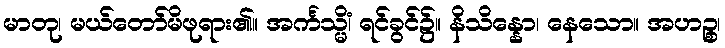
မာတု၊ မယ်တော်မိဖုရား၏။ အင်္ကသ္မိံ၊ ရင်ခွင်၌။ နိသိန္နော၊ နေသော။ အဟဉ္စ၊